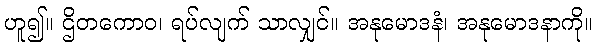
ဟူ၍။ ဌိတကောဝ၊ ရပ်လျက် သာလျှင်။ အနုမောဒနံ၊ အနုမောဒနာကို။